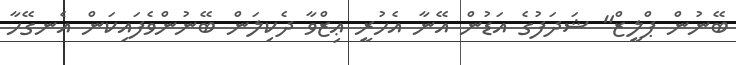
ބޭނުން ޕްލީޒް" ޝަދަފުގެ އަޑުން އޭނާ އެހުރީ ޢިޒްވާ ދެކިލަން ބޭނުންވެފައިކަން އެނގޭހާ